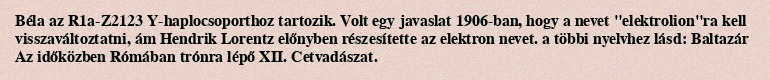
Béla az R1a-Z2123 Y-haplocsoporthoz tartozik. Volt egy javaslat 1906-ban, hogy a nevet "elektrolion"ra kell visszaváltoztatni, ám Hendrik Lorentz előnyben részesítette az elektron nevet. a többi nyelvhez lásd: Baltazár Az időközben Rómában trónra lépő XII. Cetvadászat.